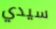
سيدي